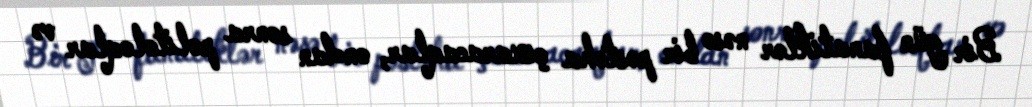
Bir gün fanatiklər nəsə bir pəstəha çıxaracaqlar, ondan sonra politoloqlar və